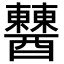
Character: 𨣹